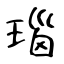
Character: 瑙